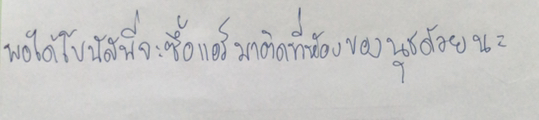
พอได้โบนัสพี่จะซื้อแอร์มาติดที่ห้องของนุชด้วยนะ